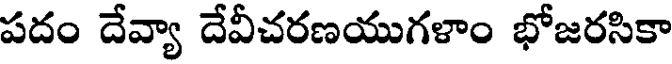
పదం దేవ్యా దేవీచరణయుగళాం భోజరసికా